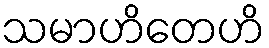
သမာဟိတေဟိ